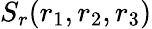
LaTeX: S_{r}(r_{1},r_{2},r_{3})